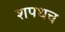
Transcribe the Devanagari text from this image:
शपथच